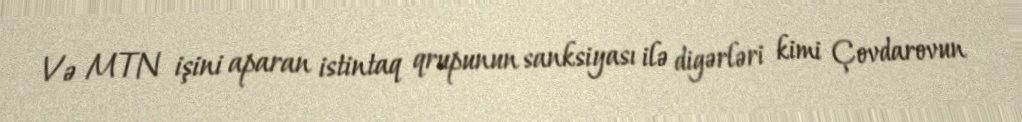
Və MTN işini aparan istintaq qrupunun sanksiyası ilə digərləri kimi Çovdarovun